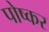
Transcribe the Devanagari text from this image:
पोष्कर